Indian journal of veterinary science and animal husbandry - Volumes 22-23, 1952-1953
Year: 1952
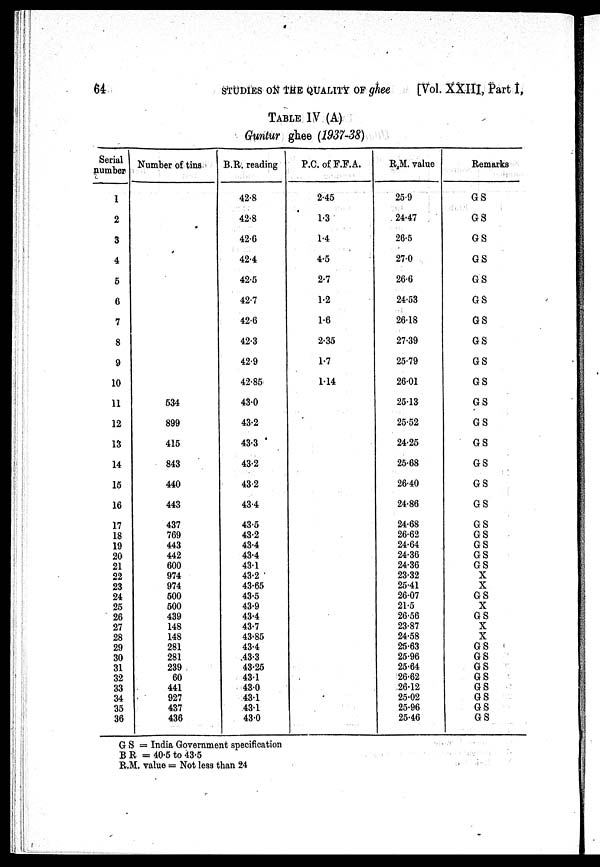
64
STUDIES ON THE QUALITY OF ghee
[Vol. XXIII, Part I,
TABLE IV (A)
Guntur ghee (1937-38)
Serial
number
1
2
3
4
5
6
7
8
9
10
11
12
13
14
15
16
17
18
19
20
21
22
23
24
25
26
27
28
29
30
31
32
33
34
35
36
Number of tins
534
899
415
843
440
443
437
769
443
442
600
974
974
500
500
439
148
148
281
281
239
60
441
927
437
436
B.R. reading
42.8
42.8
42.6
42.4
42.5
42.7
42.6
42.3
42.9
42.85
43.0
43.2
43.3
43.2
43.2
43.4
43.5
43.2
43.4
43.4
43.1
43.2
43.65
43.5
43.9
43.4
43.7
43.85
43.4
.43.3
43.25
43.1
43.0
43.1
43.1
43.0
P.C. of F.F.A.
2.45
1.3
1.4
4.5
2.7
1.2
1.6
2.35
1.7
1.14
R.M. value
25.9
24.47
26.5
27.0
26.6
24.53
26.18
27.39
25.79
26.01
25.13
25.52
24.25
25.68
26.40
24.86
24.68
26.62
24.64
24.36
24.36
23.32
25.41
26.07
21.5
26.56
23.87
24.58
25.63
25.96
25.64
26.62
26.12
25.02
25.96
25.46
Remarks
GS
GS
GS
GS
GS
GS
GS
GS
GS
GS
GS
GS
GS
GS
GS
GS
GS
GS
GS
GS
GS
X
X
GS
X
GS
X
X
GS
GS
GS
GS
GS
GS
GS
GS
G S = India Government specification
B R= 40.5 to 43.5
R.M. value = Not less than 24